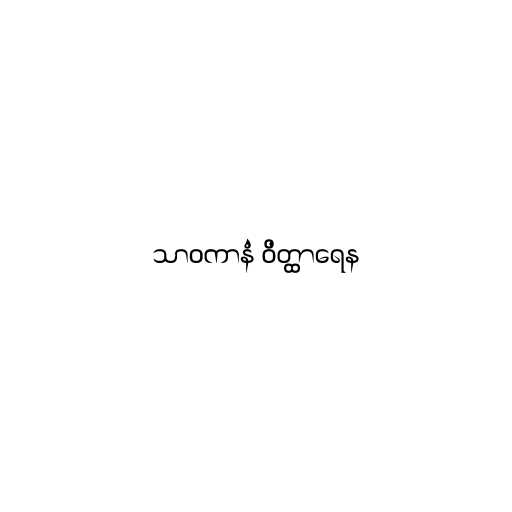
သာဝကာနံ ဝိတ္ထာရေန